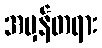
အမှန်တရား